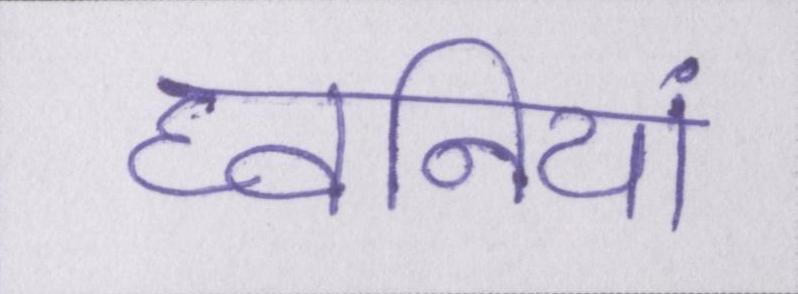
घ्वनियां